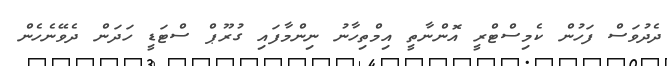
ދެދުވަސް ފަހުން ކެމިސްޓްރީ އޮންނާތީ އިމްތިހާނު ނިންމާފައި ގުރޫޕް ސްޓަޑީ ހަދަން ދެވޭނެހެން